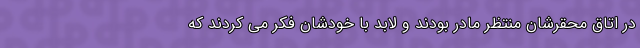
در اتاق محقرشان منتظر مادر بودند و لابد با خودشان فکر می کردند که